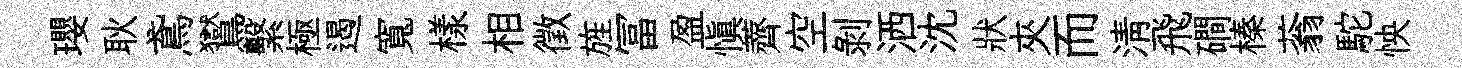
瓔耿鳶鸑繫極遏寬樣相徵旌冨盈愼薺空剝洒沈狀夾而淸飛磵榛蓊駝怏